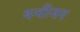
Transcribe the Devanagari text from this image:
वन्दीजन